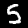
Label: 5